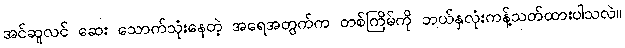
အင်ဆူလင် ဆေး သောက်သုံးနေတဲ့ အရေအတွက်က တစ်ကြိမ်ကို ဘယ်နှလုံးကန့်သတ်ထားပါသလဲ။